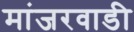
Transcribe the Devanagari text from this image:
मांजरवाडी